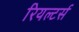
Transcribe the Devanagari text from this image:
रियल्टर्स